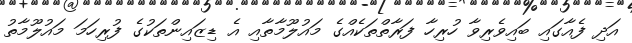
އަދި ފެއާގައި ބައިވެރިވާ ހުރިހާ ފަރާތްތަކެއްގެ މައުލޫމާތާއި އެ ޑިޒައިންތަކުގެ ފުރިހަމަ މައުލޫމާތު